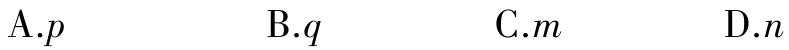
A.$p$  B.$q$  C.$m$  D.$n$